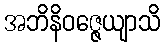
အဘိနိဝဇ္ဇေယျာသိ